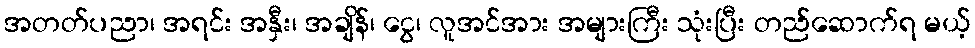
အတတ်ပညာ၊ အရင်း အနှီး၊ အချိန်၊ ငွေ၊ လူအင်အား အများကြီး သုံးပြီး တည်ဆောက်ရ မယ့်